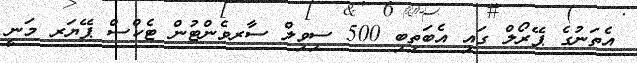
އެތަނުގެ ޕޭރޯލް ގައި އެބަތިބި 500 ސިވިލް ސާރވެންޓުން ޓެކްސް ޕޭޔަރ މަނީ